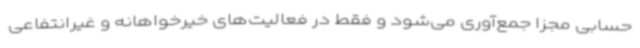
حسابی مجزا جمع‌آوری می‌شود و فقط در فعالیت‌های خیرخواهانه و غیرانتفاعی